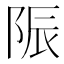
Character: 陙